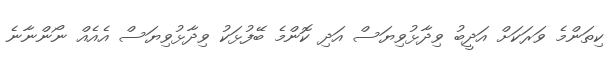
ކިތަންމެ ވަރަކަށް އަދީބު ވިދާޅުވިޔަސް އަދި ކޮންމެ ބޭފުޅަކު ވިދާޅުވިޔަސް އެއެއް ނޯންނާނެ